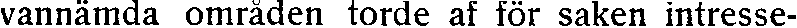
vannämda områden torde af för saken intresse-